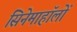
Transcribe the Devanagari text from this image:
सिनेमाहॉलों